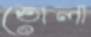
তোলা